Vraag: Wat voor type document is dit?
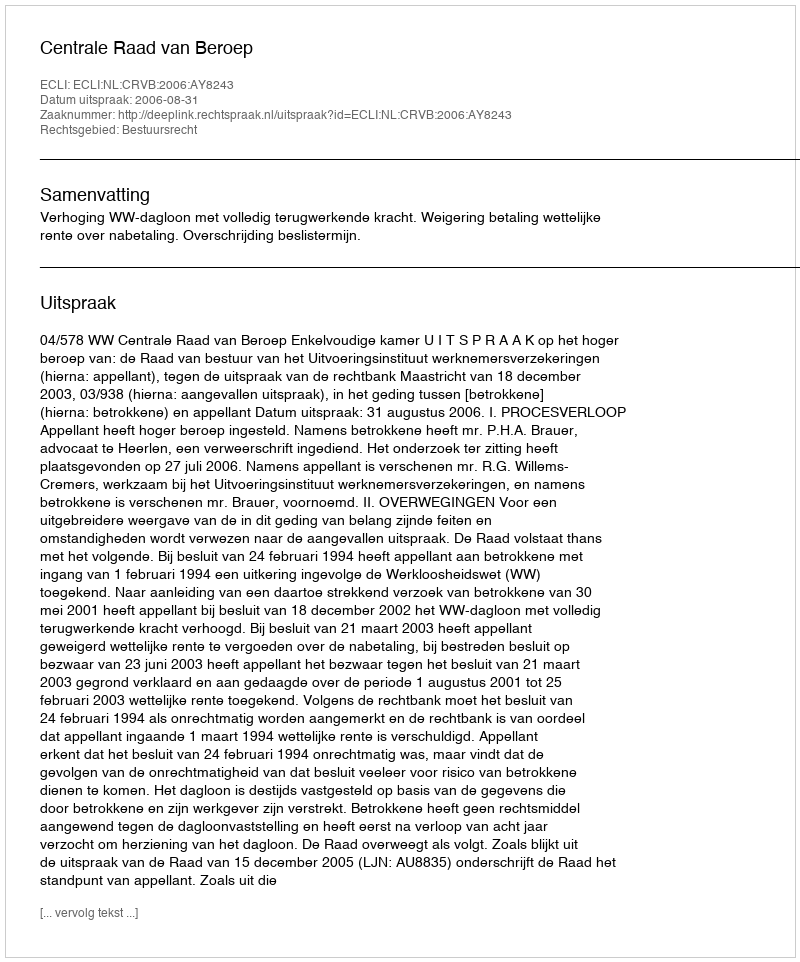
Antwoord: Uitspraak